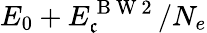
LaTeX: E_{0}+E_{\mathfrak{c}}^{\mathrm{{~B~W~2~}}}/N_{e}